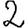
Digit: 2